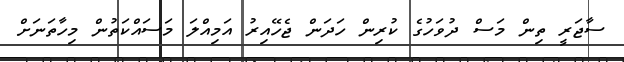
ސާޖަރީ ތިން މަސް ދުވަހުގެ ކުރިން ހަދަން ޖެހޭއިރު އަމިއްލަ މަސައްކަތުން މިހާތަނަށް